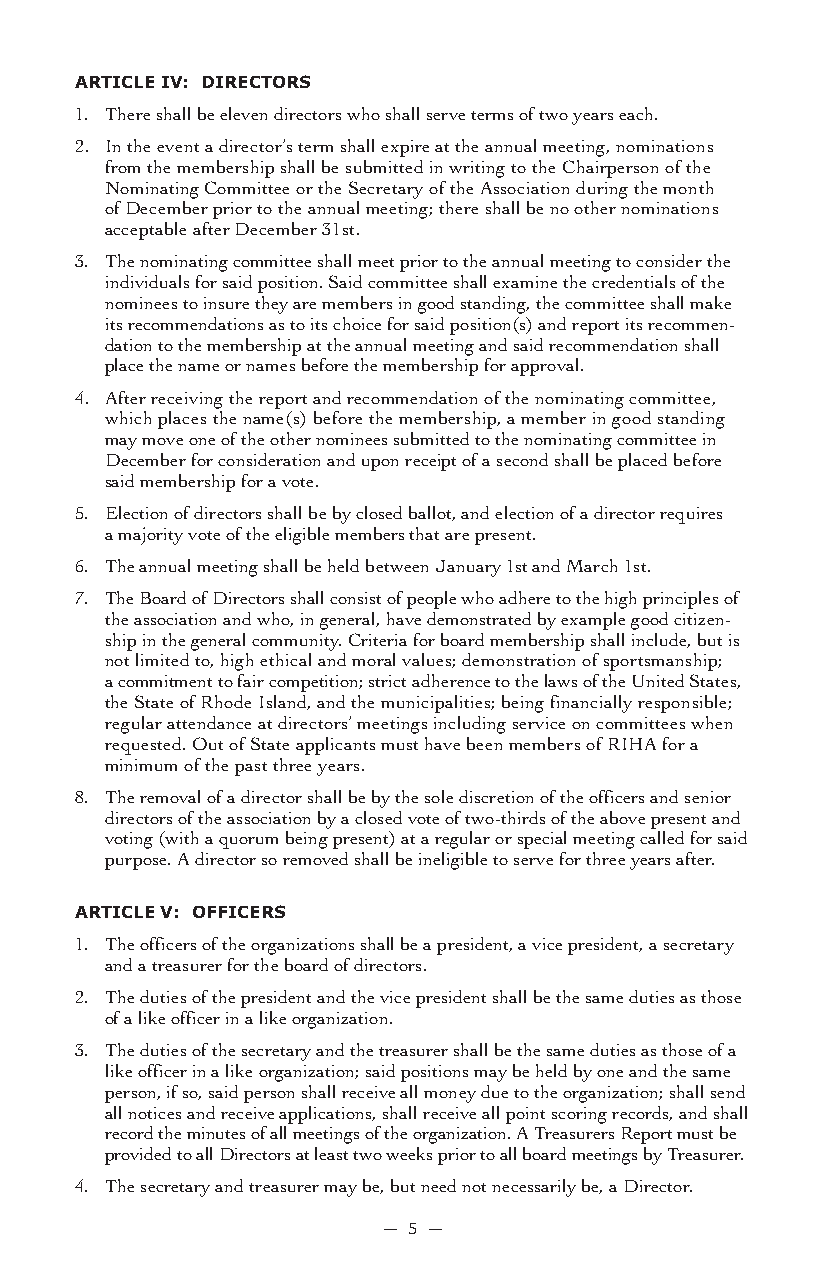
arTiCLe iV: DireCTors
 1. There shall be eleven directors who shall serve terms of two years each.
 2. In the event a director’s term shall expire at the annual meeting, nominations
 from the membership shall be submitted in writing to the Chairperson of the
 Nominating Committee or the Secretary of the Association during the month
 of December prior to the annual meeting; there shall be no other nominations
 acceptable after December 31st.
 3. The nominating committee shall meet prior to the annual meeting to consider the
 individuals for said position. Said committee shall examine the credentials of the
 nominees to insure they are members in good standing, the committee shall make
 its recommendations as to its choice for said position(s) and report its recommen-
 dation to the membership at the annual meeting and said recommendation shall
 place the name or names before the membership for approval.
 4. After receiving the report and recommendation of the nominating committee,
 which places the name(s) before the membership, a member in good standing
 may move one of the other nominees submitted to the nominating committee in
 December for consideration and upon receipt of a second shall be placed before
 said membership for a vote.
 5. Election of directors shall be by closed ballot, and election of a director requires
 a majority vote of the eligible members that are present.
 6. The annual meeting shall be held between January 1st and March 1st.
 7. The Board of Directors shall consist of people who adhere to the high principles of
 the association and who, in general, have demonstrated by example good citizen-
 ship in the general community. Criteria for board membership shall include, but is
 not limited to, high ethical and moral values; demonstration of sportsmanship;
 a commitment to fair competition; strict adherence to the laws of the United States,
 the State of Rhode Island, and the municipalities; being financially responsible;
 regular attendance at directors’ meetings including service on committees when
 requested. Out of State applicants must have been members of RIHA for a
 minimum of the past three years.
 8. The removal of a director shall be by the sole discretion of the officers and senior
 directors of the association by a closed vote of two-thirds of the above present and
 voting (with a quorum being present) at a regular or special meeting called for said
 purpose. A director so removed shall be ineligible to serve for three years after.
 arTiCLe V: offiCers
 1. The officers of the organizations shall be a president, a vice president, a secretary
 and a treasurer for the board of directors.
 2. The duties of the president and the vice president shall be the same duties as those
 of a like officer in a like organization.
 3. The duties of the secretary and the treasurer shall be the same duties as those of a
 like officer in a like organization; said positions may be held by one and the same
 person, if so, said person shall receive all money due to the organization; shall send
 all notices and receive applications, shall receive all point scoring records, and shall
 record the minutes of all meetings of the organization. A Treasurers Report must be
 provided to all Directors at least two weeks prior to all board meetings by Treasurer.
 4. The secretary and treasurer may be, but need not necessarily be, a Director.
 — 5 —